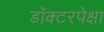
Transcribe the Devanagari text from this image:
डॉक्टरपेक्षा